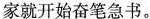
家就开始奋笔急书。